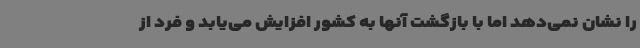
را نشان نمی‌دهد اما با بازگشت آنها به کشور افزایش می‌یابد و فرد از